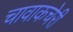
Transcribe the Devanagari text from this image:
चावाकचेरी